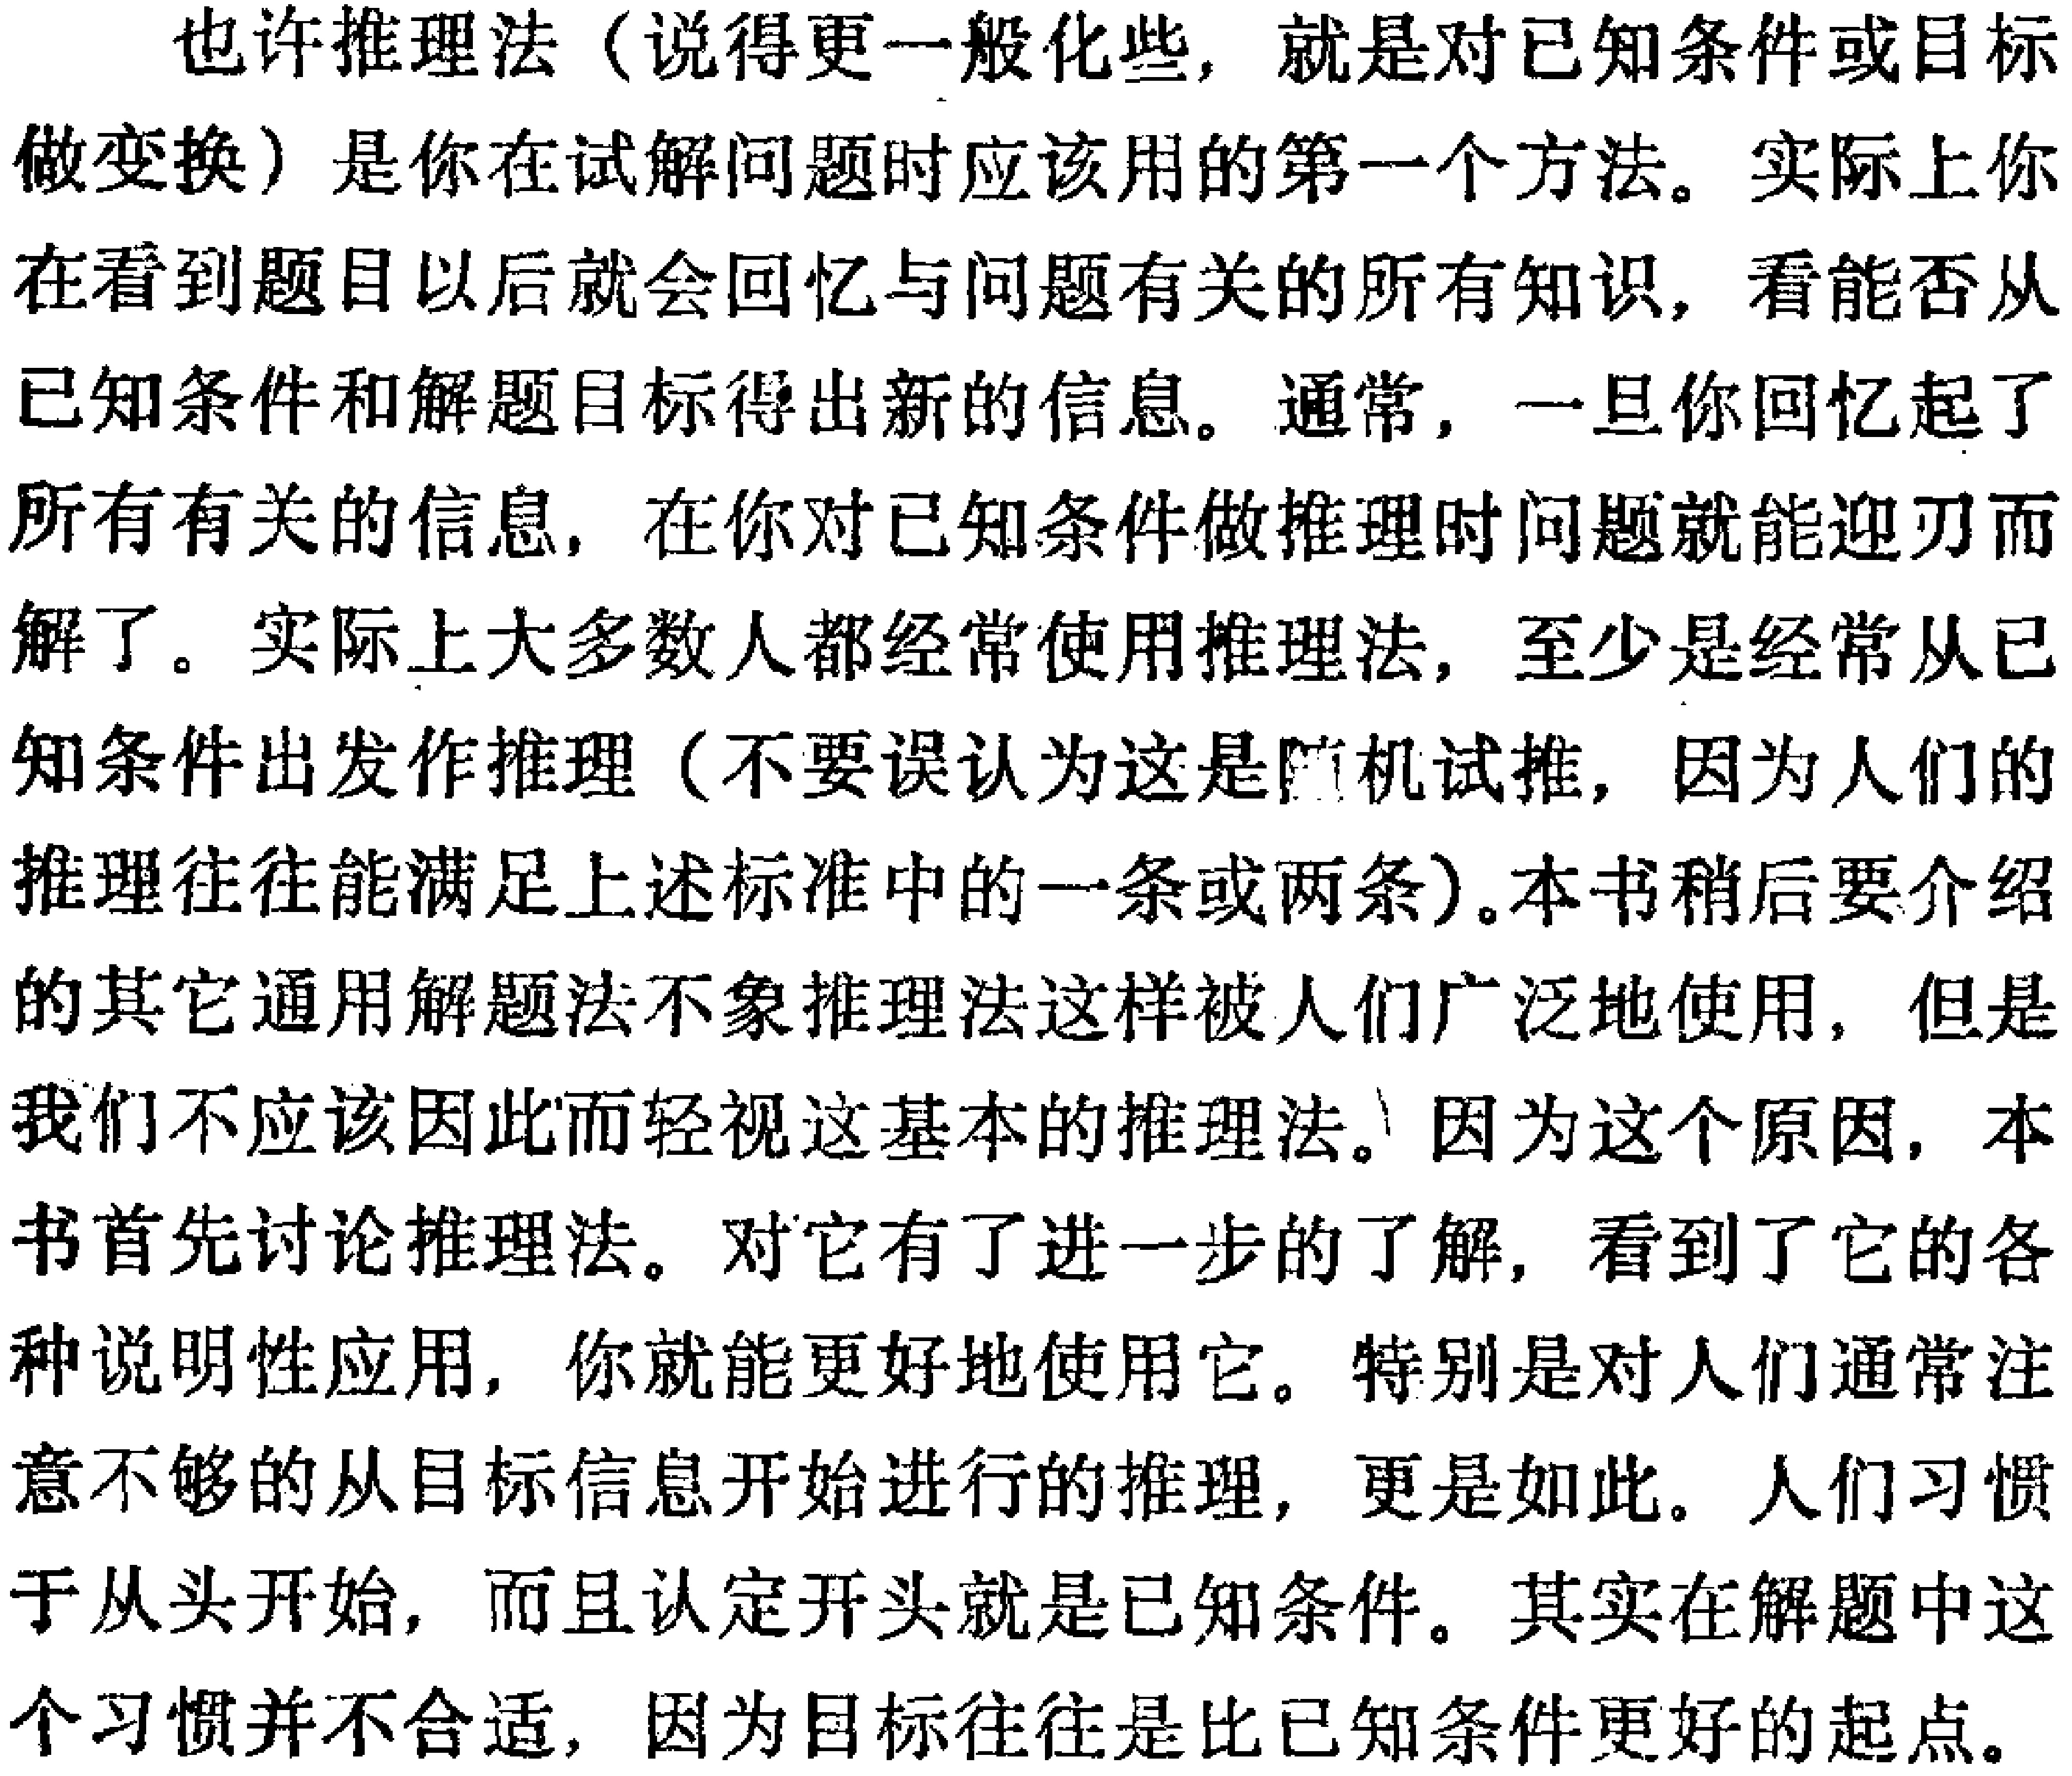
也许推理法（说得更一般化些，就是对已知条件或目标

做变换）是你在试解问题时应该用的第一个方法。实际上你

在看到题目以后就会回忆与问题有关的所有知识，看能否从

已知条件和解题目标得出新的信息。通常，一旦你回忆起了

所有有关的信息，在你对已知条件做推理时问题就能迎刃而

解了。实际上大多数人都经常使用推理法，至少是经常从已

知条件出发作推理（不要误认为这是随机试推，因为人们的

推理往往能满足上述标准中的一条或两条）。本书稍后要介绍

的其它通用解题法不象推理法这样被人们广泛地使用，但是

我们不应该因此而轻视这基本的推理法。因为这个原因，本

书首先讨论推理法。对它有了进一步的了解，看到了它的各

种说明性应用，你就能更好地使用它。特别是对人们通常注

意不够的从目标信息开始进行的推理，更是如此。人们习惯

于从头开始，而且认定开头就是已知条件。其实在解题中这

个习惯并不合适，因为目标往往是比已知条件更好的起点。